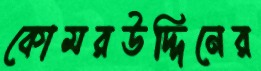
কোমরউদ্দিনের